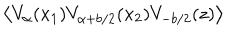
\left\langle V _ { \alpha } ( x _ { 1 } ) V _ { \alpha + b / 2 } ( x _ { 2 } ) V _ { - b / 2 } ( z ) \right\rangle